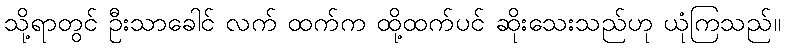
သို့ရာတွင် ဦးသာခေါင် လက် ထက်က ထို့ထက်ပင် ဆိုးသေးသည်ဟု ယုံကြသည်။